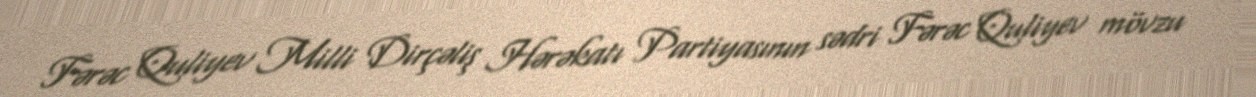
Fərəc Quliyev Milli Dirçəliş Hərəkatı Partiyasının sədri Fərəc Quliyev mövzu